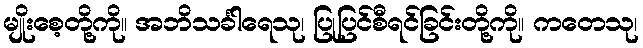
မျိုးစေ့တို့ကို။ အဘိသင်္ခါရေသု၊ ပြုပြင်စီရင်ခြင်းတို့ကို။ ကတေသု၊